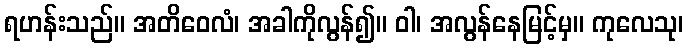
ရဟန်းသည်။ အတိဝေလံ၊ အခါကိုလွန်၍။ ဝါ၊ အလွန်နေမြင့်မှ။ ကုလေသု၊